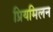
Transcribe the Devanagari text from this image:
प्रियमिलन